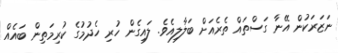
ނަޒަރަކުން އޭނާ ގަސްތައް ތެރެއަށް ބަލާލިއެވެ. ލައިގެން ހުރި ހެދުމުގެ ކުރިމަތިން ބައެއް